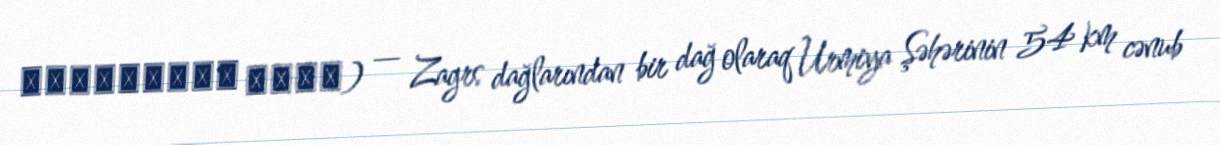
بوزلوسینه داغی) — Zagrs dağlarından bir dağ olaraq Urmiya Şəhərinin 54 km cənub